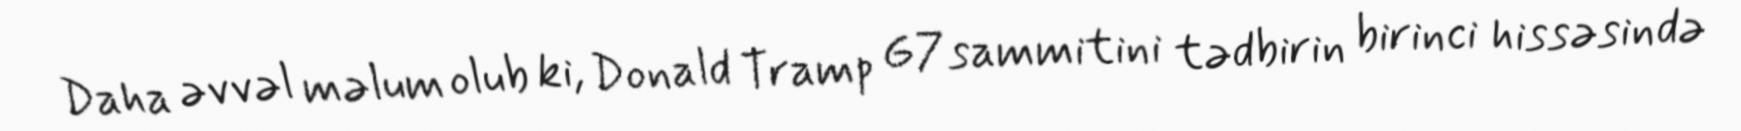
Daha əvvəl məlum olub ki, Donald Tramp G7 sammitini tədbirin birinci hissəsində